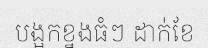
បង្អកខ្នងធំៗ ដាក់ខែ